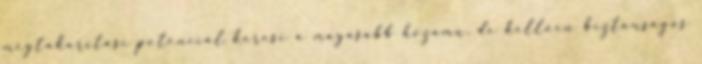
megtakarítási potenciál keresi a magasabb hozamú, de kellően biztonságos